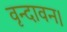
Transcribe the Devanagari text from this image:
वृन्दावन।